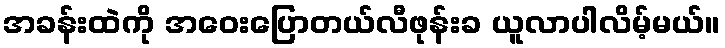
အခန်းထဲကို အဝေးပြောတယ်လီဖုန်းခ ယူလာပါလိမ့်မယ်။